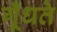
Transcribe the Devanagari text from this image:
गूँधते